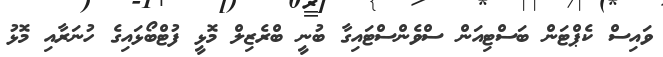
ވައިސް ކެޕްޓަން ބަސްޓިއަން ސްވެންސްޓައިގާ ބުނީ ބްރެޒިލް މޮޅީ ފުޓްބޯޅައިގެ ހުނަރާއި މޮޅު